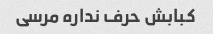
کبابش حرف نداره مرسی